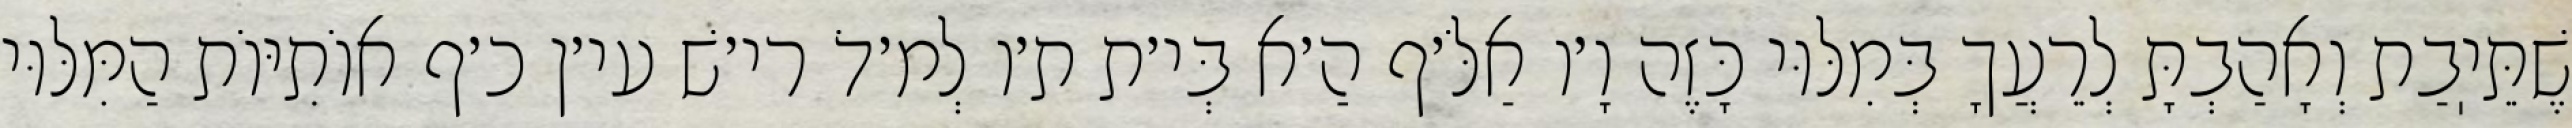
שֶׁתֵּיֽבַת וְאָהַבְתָּ לְרֵעֲךָ בְּמִלּוּי כָּזֶה וָ׳ו אַלֹּ׳ף הַ׳א בְּי׳ת ת׳ו לְמ׳דֹ רי׳שׁ עי׳ן כ׳ף אוֹתִיּוֹת הַמִּלּוּי